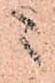
ニ